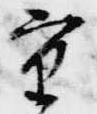
重